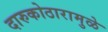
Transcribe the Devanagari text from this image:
दारुकोठारामुळे